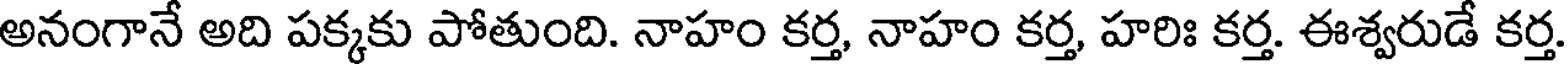
అనంగానే అది పక్కకు పోతుంది. నాహం కర్త, నాహం కర్త, హరిః కర్త. ఈశ్వరుడే కర్త